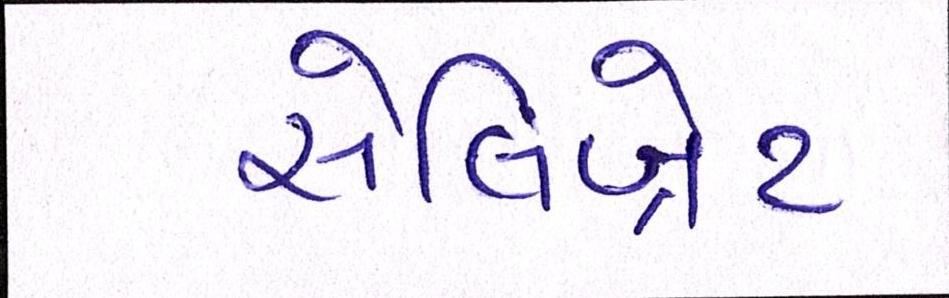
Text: સેલિબ્રેટ